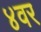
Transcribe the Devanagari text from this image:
४वर